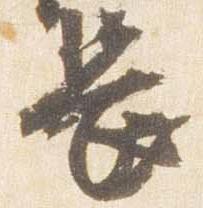
長